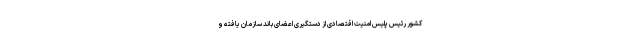
کشور رئیس پلیس امنیت اقتصادی از دستگیری اعضای باند سازمان یافته و